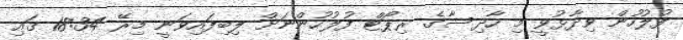
ފުލުހުން ވިދާޅުވީ މި ހާދިސާގެ ރިޕޯޓް ފުލުހުންނަށް ލިބިފައިވަނީ މިރޭ 18:34 ގައި